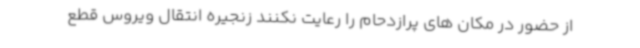
از حضور در مکان های پرازدحام را رعایت نکنند زنجیره انتقال ویروس قطع